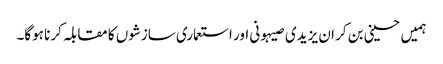
ہمیں حسینی بن کر ان یزیدی صیہونی اور استعماری سازشوں کا مقابلہ کرنا ہوگا۔